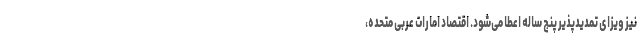
نیز ویزای تمدیدپذیر پنج ساله اعطا می‌شود. اقتصاد امارات عربی متحده،